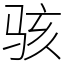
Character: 骇